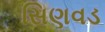
સિણવડ